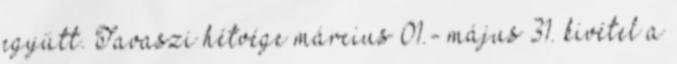
együtt. Tavaszi hétvége március 01.- május 31. kivétel a